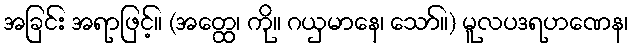
အခြင်း အရာဖြင့်။ (အတ္ထေ၊ ကို။ ဂယှမာနေ၊ သော်။) မူလပဒရဟဏေန၊